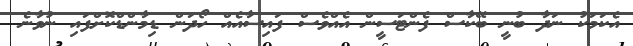
އެކަމަކު ނަދާ ބުނީ ބޭކާސް ފެންޓަސީން އެއްވެސް ފައިސާއެއް ހޯދަން ޑިމާންޑްކޮށްފައި ނުވާނެ